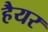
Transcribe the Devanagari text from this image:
हैयर